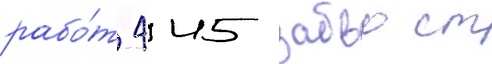
рабо́т 445 забво ст